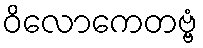
ဝိလောကေတဗ္ဗံ